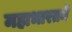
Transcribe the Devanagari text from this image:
महाभारतमें